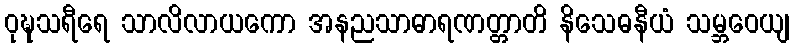
ဝုဍ္ဎသရီရေ သာလိလာယကော အနညသာဓာရဏတ္တာတိ နိသေဓနီယံ သမ္ဘဝေယျ